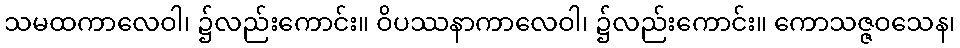
သမထကာလေဝါ၊ ၌လည်းကောင်း။ ဝိပဿနာကာလေဝါ၊ ၌လည်းကောင်း။ ကောသဇ္ဇဝသေန၊